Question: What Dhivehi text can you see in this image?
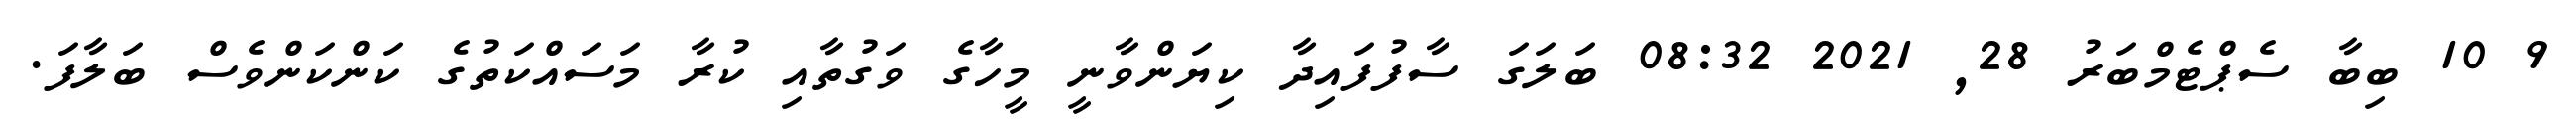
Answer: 9 10 ބިބާ ސެޕްޓެމްބަރު 28, 2021 08:32 ބަލަގަ ސާފުފައިދާ ކިޔަންވާނީ މީހާގެ ވަގުތާއި ކުރާ މަސައްކަތުގެ ކަންކަންވެސް ބަލާފަ.